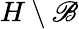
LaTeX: H\setminus\mathscr{B}